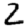
Digit: 2